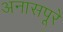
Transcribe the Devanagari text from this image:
अनासपूरे